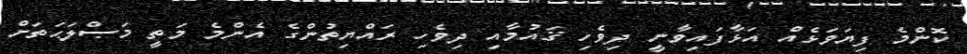
ކޮންމެ ފިޔަވަޅެއް އަޅާފައިވާނީ ދިވެހި ޤައުމާއި ދިވެހި ރައްޔިތުންގެ އެންމެ މަތީ މަޞްލަޙަތަށް